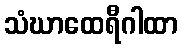
သံဃာထေရီဂါထာ